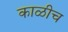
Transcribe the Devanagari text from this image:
काळीच